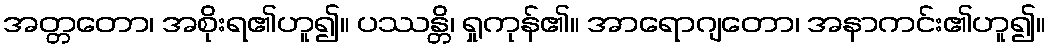
အတ္တတော၊ အစိုးရ၏ဟူ၍။ ပဿန္တိ၊ ရှုကုန်၏။ အာရောဂျတော၊ အနာကင်း၏ဟူ၍။